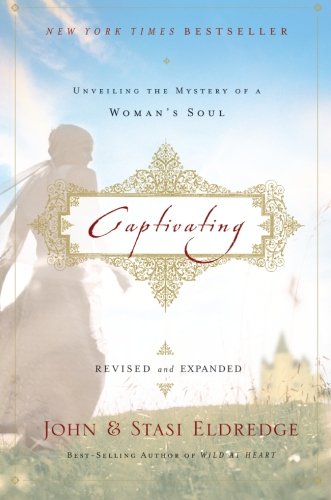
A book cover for Captivating Revised and Updated: Unveiling the Mystery of a Woman's Soul; John Eldredge; Christian Books & Bibles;